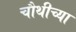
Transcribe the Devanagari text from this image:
चौथीच्या